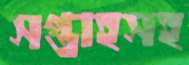
সপ্তাহসহ